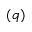
( q )